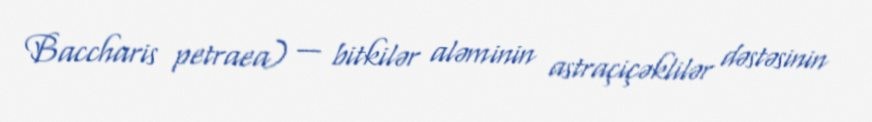
Baccharis petraea) — bitkilər aləminin astraçiçəklilər dəstəsinin